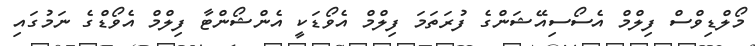
މޯލްޑިވްސް ފިލްމް އެސޯސިއޭޝަންގެ ފުރަތަމަ ފިލްމް އެވޯޑަކީ އެންޝޯންޓާ ފިލްމް އެވޯޑްގެ ނަމުގައި